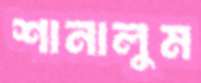
শানালুম